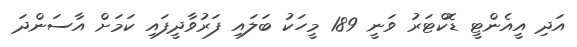
އަދި އީއެންޓީ ޑޮކްޓަރު ވަނީ 189 މީހަކު ބަލައި ފަރުވާދީފައި ކަމަށް އާސަންދަ